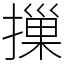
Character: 摷